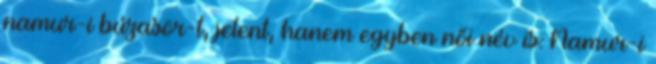
namur-i búzasör-t, jelent, hanem egyben női név is: Namur-i